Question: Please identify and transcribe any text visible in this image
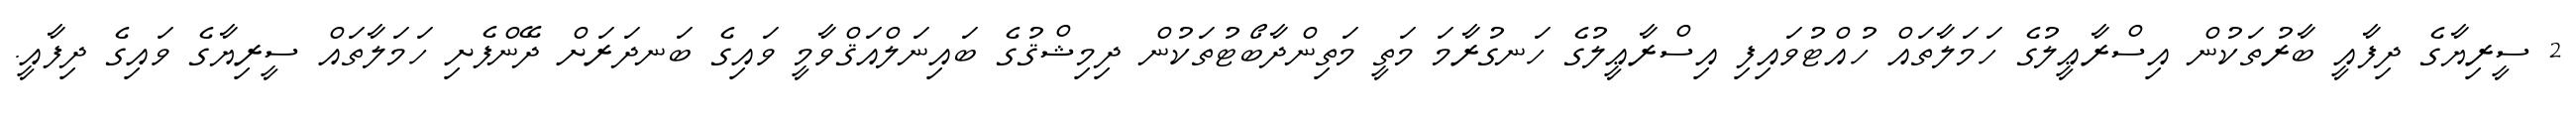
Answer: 2 ސީރިޔާގެ ދިފާއީ ބާރުތަކުން އިސްރާޢީލުގެ ހަމަލާތައް ހުއްޓުވައިފި އިސްރާޢީލުގެ ހަނގުރާމަ މަތީ މަތިންދާބޯޓުތަކުން ދިމިޝްޤުގެ ބައިނަލްއަޤްވާމީ ވައިގެ ބަނދަރަށް ދޭންފެށި ހަމަލާތައް ސީރިޔާގެ ވައިގެ ދިފާއީ.